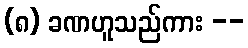
(၈) ခဏဟူသည်ကား --